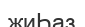
жиҺаз